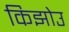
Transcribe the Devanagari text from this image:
किझोउ